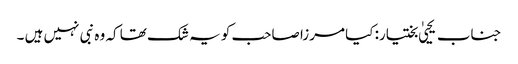
جناب یحییٰ بختیار: کیا مرزا صاحب کو یہ شک تھا کہ وہ نبی نہیں ہیں ۔